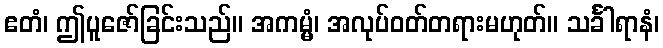
ဧတံ၊ ဤပူဇော်ခြင်းသည်။ အကမ္မံ၊ အလုပ်ဝတ်တရားမဟုတ်။ သင်္ခါရာနံ၊